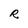
Character: R